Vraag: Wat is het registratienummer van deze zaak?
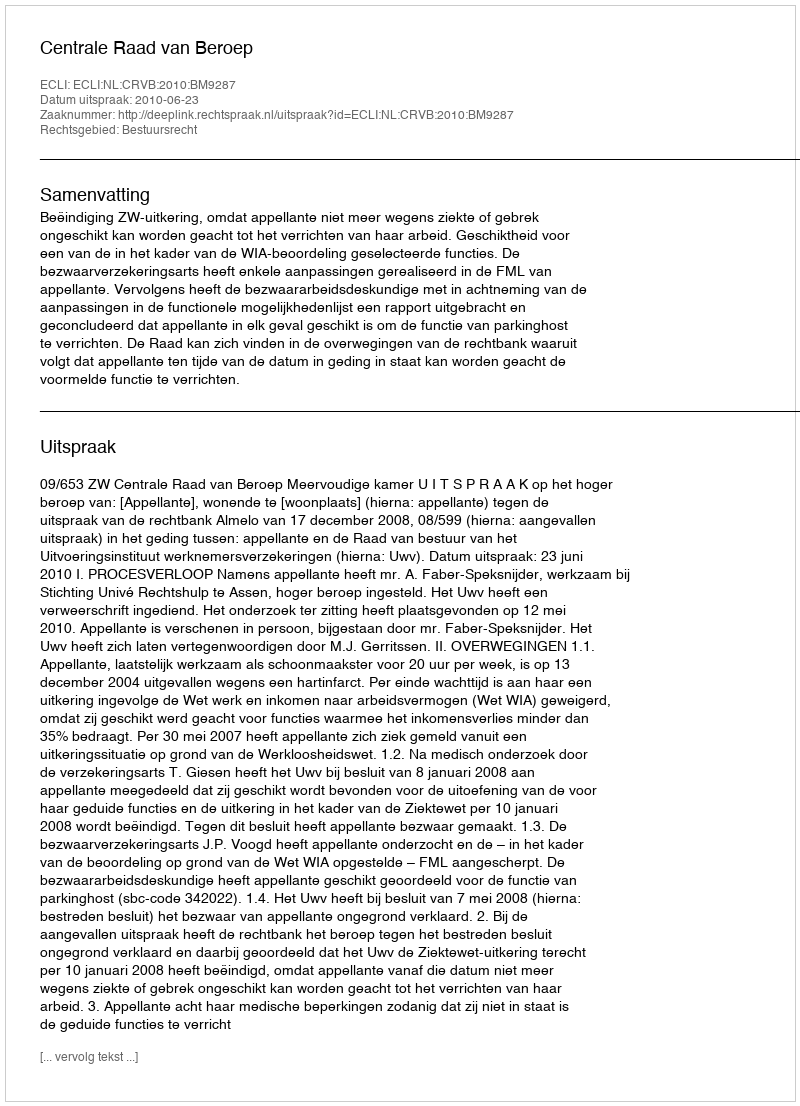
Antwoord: http://deeplink.rechtspraak.nl/uitspraak?id=ECLI:NL:CRVB:2010:BM9287